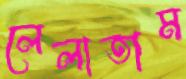
লেলাতাম